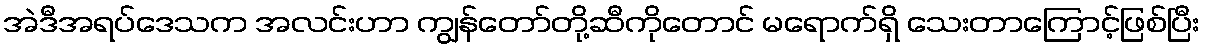
အဲဒီအရပ်ဒေသက အလင်းဟာ ကျွန်တော်တို့ဆီကိုတောင် မရောက်ရှိ သေးတာကြောင့်ဖြစ်ပြီး